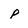
Character: p